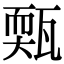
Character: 㼲